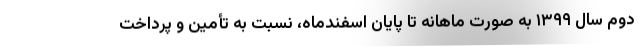
دوم سال ۱۳۹۹ به صورت ماهانه تا پایان اسفندماه، نسبت به تأمین و پرداخت